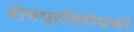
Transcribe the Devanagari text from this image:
रोगप्रतिरोधकों